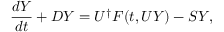
\frac { d Y } { d t } + D Y = U ^ { \dagger } F ( t , U Y ) - S Y ,